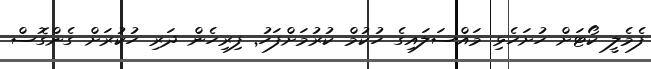
ފެމެލީ ކޯޓަށް ހުށަހެޅި މައްސަލައިގެ ހުކުމް ކުރުމަށްފަހު